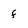
Character: f